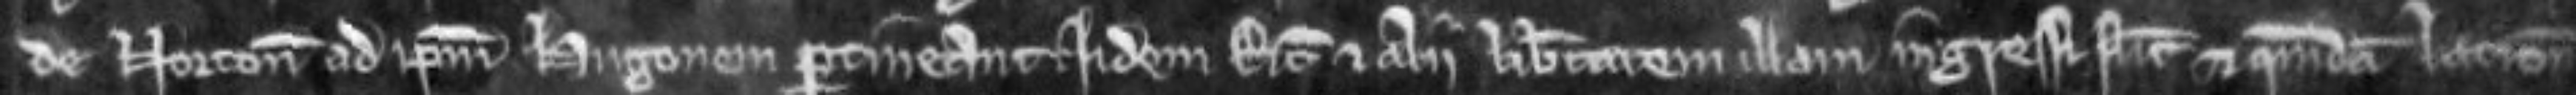
de Norton ad ipsum Hugonem pertineant. idem Ricardus et alii libertatem illam ingressi sunt et quemdam latronem